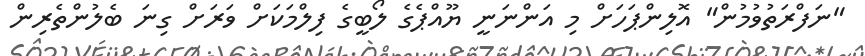
"ނަފްރަތުވުމުން" އޮލިންޕަހަށް މި އަންނަނީ ޔޫއްޕެގެ ލޯބީގެ ފިލްމަކަށް ވަރަށް ގިނަ ބެލުންތެރިން